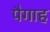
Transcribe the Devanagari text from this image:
पैगाह